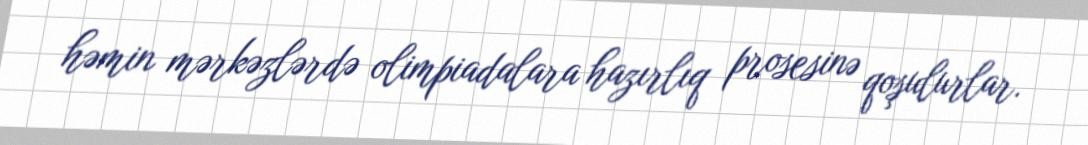
həmin mərkəzlərdə olimpiadalara hazırlıq prosesinə qoşulurlar.